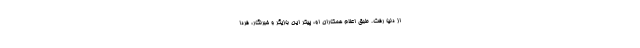
از دنیا رفت. طبق اعلام همکاران او، پیکر این بازیگر و خبرنگار، فردا